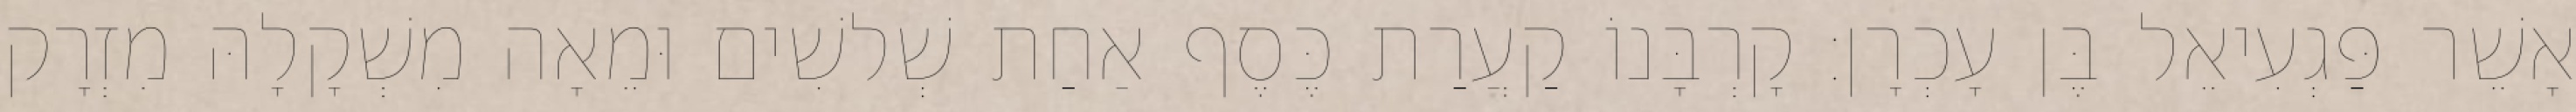
אָשֵׁר פַּגְעִיאֵל בֶּן עָכְרָן׃ קָרְבָּנוֹ קַעֲרַת כֶּסֶף אַחַת שְׁלשִׁים וּמֵאָה מִשְׁקָלָהּ מִזְרָק